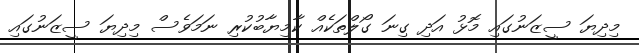
މިދިޔަ ސީޒަނުގައި މޮޅު އަދި ގިނަ ގޯލްތަކެއް ކާމިޔާބުކުރި ނަމަވެސް މިދިޔަ ސީޒަނުގައި